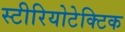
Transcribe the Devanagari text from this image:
स्टीरियोटेक्टिक